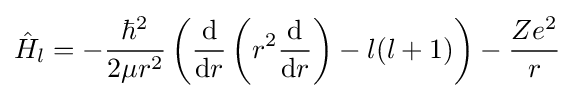
{\hat {H}}_{l}=-{\frac {\hbar ^{2}}{2\mu r^{2}}}\left({\frac {\mathrm {d} }{\mathrm {d} r}}\left(r^{2}{\frac {\mathrm {d} }{\mathrm {d} r}}\right)-l(l+1)\right)-{\frac {Ze^{2}}{r}}